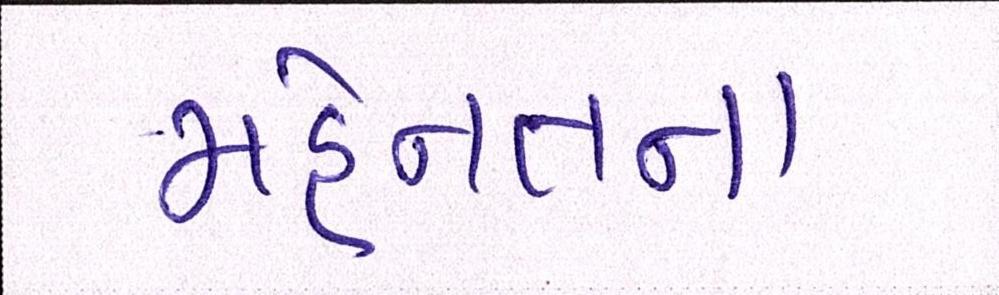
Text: મહેનતના